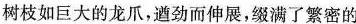
树枝如巨大的龙爪，遒劲而伸展，缀满了繁密的